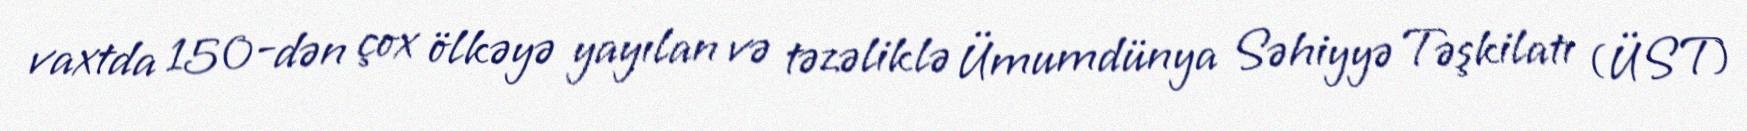
vaxtda 150-dən çox ölkəyə yayılan və təzəliklə Ümumdünya Səhiyyə Təşkilatı (ÜST)